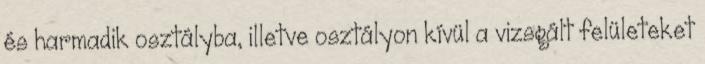
és harmadik osztályba, illetve osztályon kívül a vizsgált felületeket